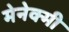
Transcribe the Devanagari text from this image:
मेनेक्मी